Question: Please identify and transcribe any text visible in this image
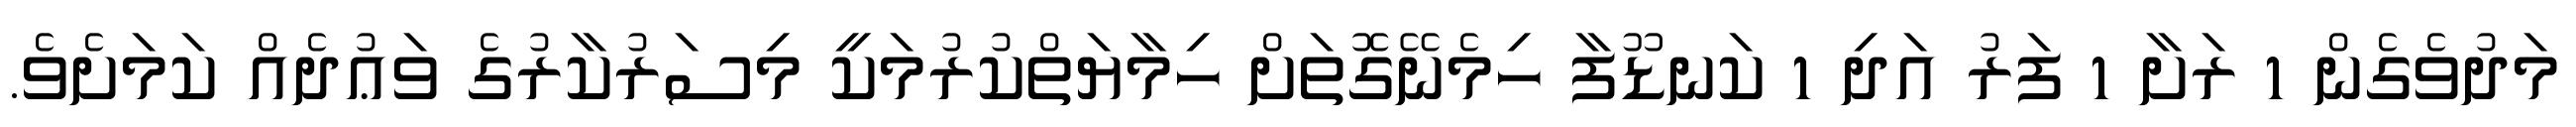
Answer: މަދުވެގެން 1 ރަށާ 1 ފަރު އަދި 1 ކަނޑޫފާ ހިމެނޭގޮތަށް ހިމާޔަތްކުރުމަކީ މިސަރުކާރުގެ ވަޢުދެއް ކަމަށެވެ.